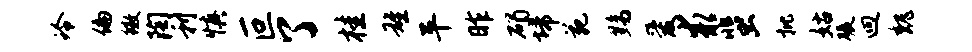
冷偏徽陶利慎叵了桂雄平昨碣埽苑黝爱求蜚批姑碾迥魏